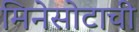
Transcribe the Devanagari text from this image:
मिनेसोटाची